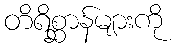
တိရိစ္ဆာန်များကို